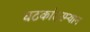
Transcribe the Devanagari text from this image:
घटकांदरम्यान